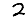
Digit: 2